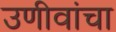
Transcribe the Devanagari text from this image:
उणीवांचा